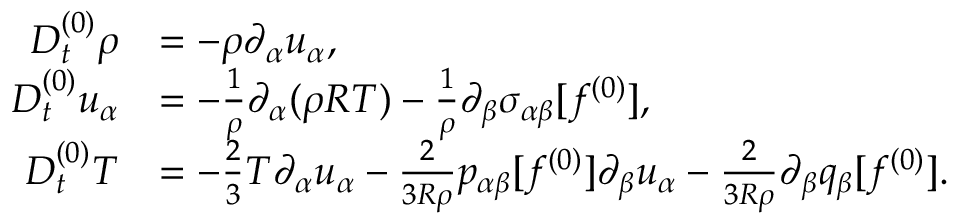
\begin{array} { r l } { D _ { t } ^ { ( 0 ) } \rho } & { = - \rho \partial _ { \alpha } u _ { \alpha } , } \\ { D _ { t } ^ { ( 0 ) } u _ { \alpha } } & { = - \frac { 1 } { \rho } \partial _ { \alpha } ( \rho R T ) - \frac { 1 } { \rho } \partial _ { \beta } \sigma _ { \alpha \beta } [ f ^ { ( 0 ) } ] , } \\ { D _ { t } ^ { ( 0 ) } T } & { = - \frac { 2 } { 3 } T \partial _ { \alpha } u _ { \alpha } - \frac { 2 } { 3 R \rho } p _ { \alpha \beta } [ f ^ { ( 0 ) } ] \partial _ { \beta } u _ { \alpha } - \frac { 2 } { 3 R \rho } \partial _ { \beta } q _ { \beta } [ f ^ { ( 0 ) } ] . } \end{array}